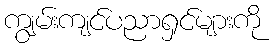
ကျွမ်းကျင်ပညာရှင်များကို